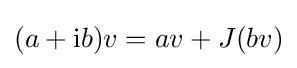
(a+\mathrm {i} b)v=av+J(bv)